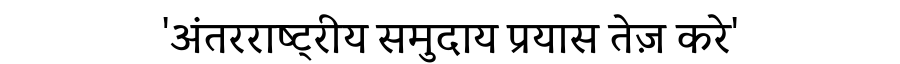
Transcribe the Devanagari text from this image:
'अंतरराष्ट्रीय समुदाय प्रयास तेज़ करे'